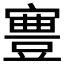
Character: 𡫋